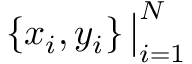
\left\{ x _ { i } , y _ { i } \right\} \big | _ { i = 1 } ^ { N }